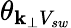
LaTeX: \theta_{\mathbf{k}_{\perp}V_{sw}}